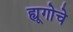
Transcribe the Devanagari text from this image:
ह्यूगोचे